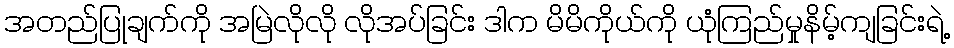
အတည်ပြုချက်ကို အမြဲလိုလို လိုအပ်ခြင်း ဒါက မိမိကိုယ်ကို ယုံကြည်မှုနိမ့်ကျခြင်းရဲ့